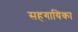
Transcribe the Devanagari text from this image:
सहगायिका